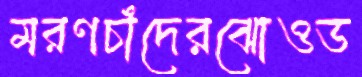
মরণচাঁদেরঝোওড